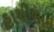
હાથીભાઇ